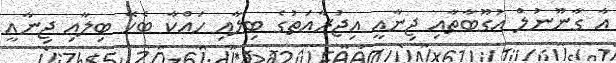
އާ ގާނޫނުލް އުގޫބާތާއި ޖިނާއީ އިޖުރާއަތުގެ ބިލާއި ހައްކާ ބެހޭ ބިލާއި ޖިނާއީ